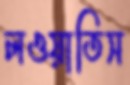
লওয়াতিস